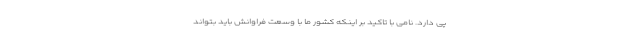
پی دارد. نامی با تاکید بر اینکه کشور ما با وسعت فراوانش باید بتواند